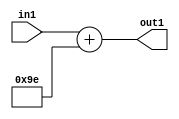
`timescale 1ps / 1ps
/*****************************************************************************
    Verilog RTL Description
    
    
    Created by: Stratus DpOpt 2019.1.01 
*******************************************************************************/

module DC_Filter_Add_12U_273_1 (
	in1,
	out1
	); /* architecture "behavioural" */ 
input [11:0] in1;
output [11:0] out1;
wire [11:0] asc001;

assign asc001 = 
	+(in1)
	+(12'B000010011110);

assign out1 = asc001;
endmodule

/* CADENCE  urn0SQg= : u9/ySgnWtBlWxVPRXgAZ4Og= ** DO NOT EDIT THIS LINE ******/